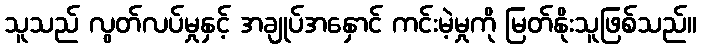
သူသည် လွတ်လပ်မှုနှင့် အချုပ်အနှောင် ကင်းမဲ့မှုကို မြတ်နိုးသူဖြစ်သည်။